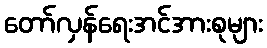
တော်လှန်ရေးအင်အားစုများ